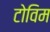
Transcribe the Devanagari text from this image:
टोविम